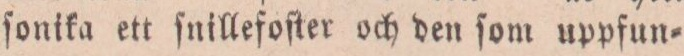
ſonika ett ſnillefoſter och den ſom uppfun=